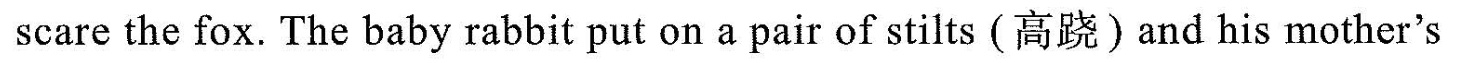
scare the fox. The baby rabbit put on a pair of stilts (高跷)and his mother's